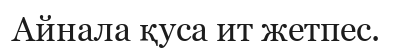
Айнала қуса ит жетпес.